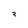
Character: 3